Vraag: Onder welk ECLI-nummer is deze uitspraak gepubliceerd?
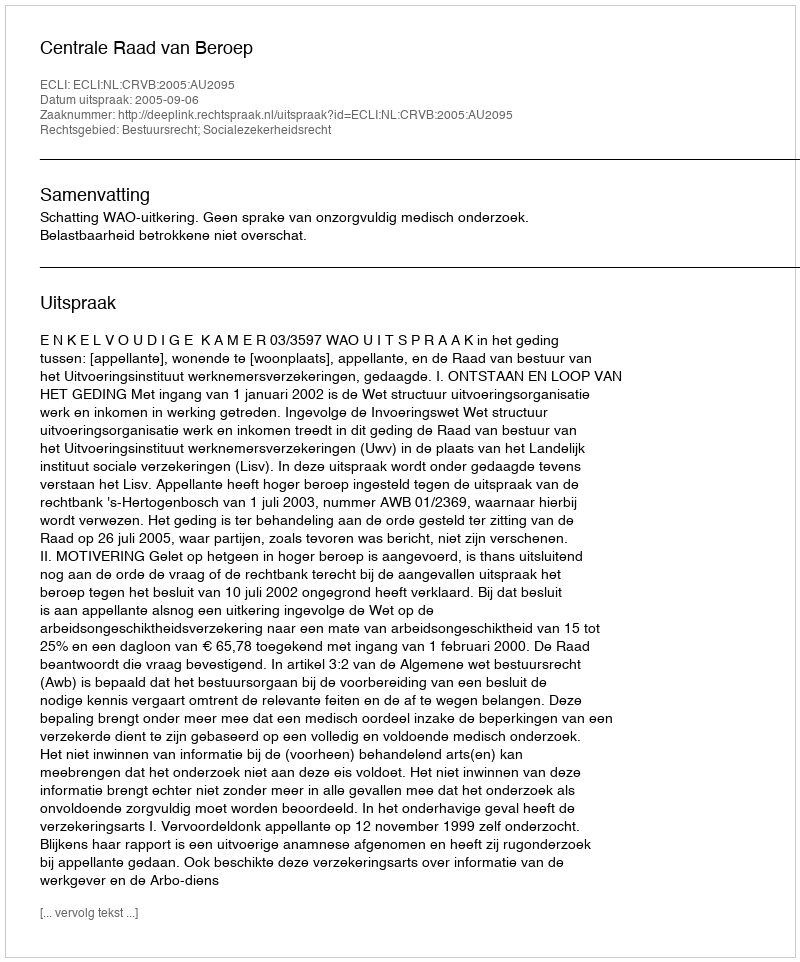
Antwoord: ECLI:NL:CRVB:2005:AU2095